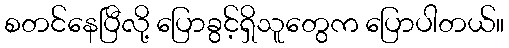
စတင်နေပြီလို့ ပြောခွင့်ရှိသူတွေက ပြောပါတယ်။